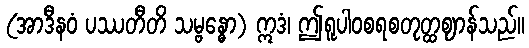
(အာဒီနဝံ ပဿတီတိ သမ္ဗန္ဓော) ဣဒံ၊ ဤရူပါဝစရစတုတ္ထဈာန်သည်။